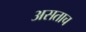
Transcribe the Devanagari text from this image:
असताच